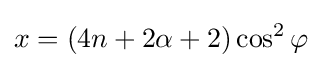
x=(4n+2\alpha +2)\cos ^{2}\varphi